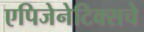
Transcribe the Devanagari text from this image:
एपिजेनेटिक्सचे